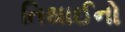
તિથાઈનો